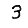
Digit: 3